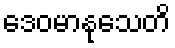
ဒေဝမာနုသေတိ